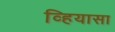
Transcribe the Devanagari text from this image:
व्हियासा